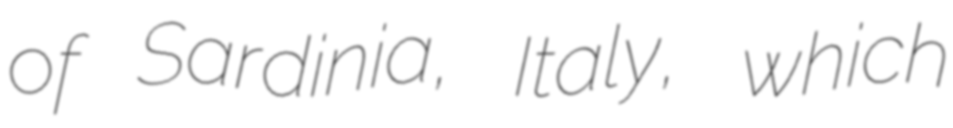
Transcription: of Sardinia, Italy, which